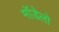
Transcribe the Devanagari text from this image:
मॉडेलो